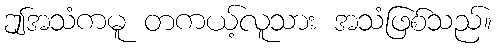
ဤအသံကမူ တကယ့်လူသား အသံဖြစ်သည်။